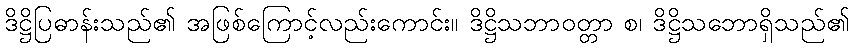
ဒိဋ္ဌိပြဓာန်းသည်၏ အဖြစ်ကြောင့်လည်းကောင်း။ ဒိဋ္ဌိသဘာဝတ္တာ စ၊ ဒိဋ္ဌိသဘောရှိသည်၏